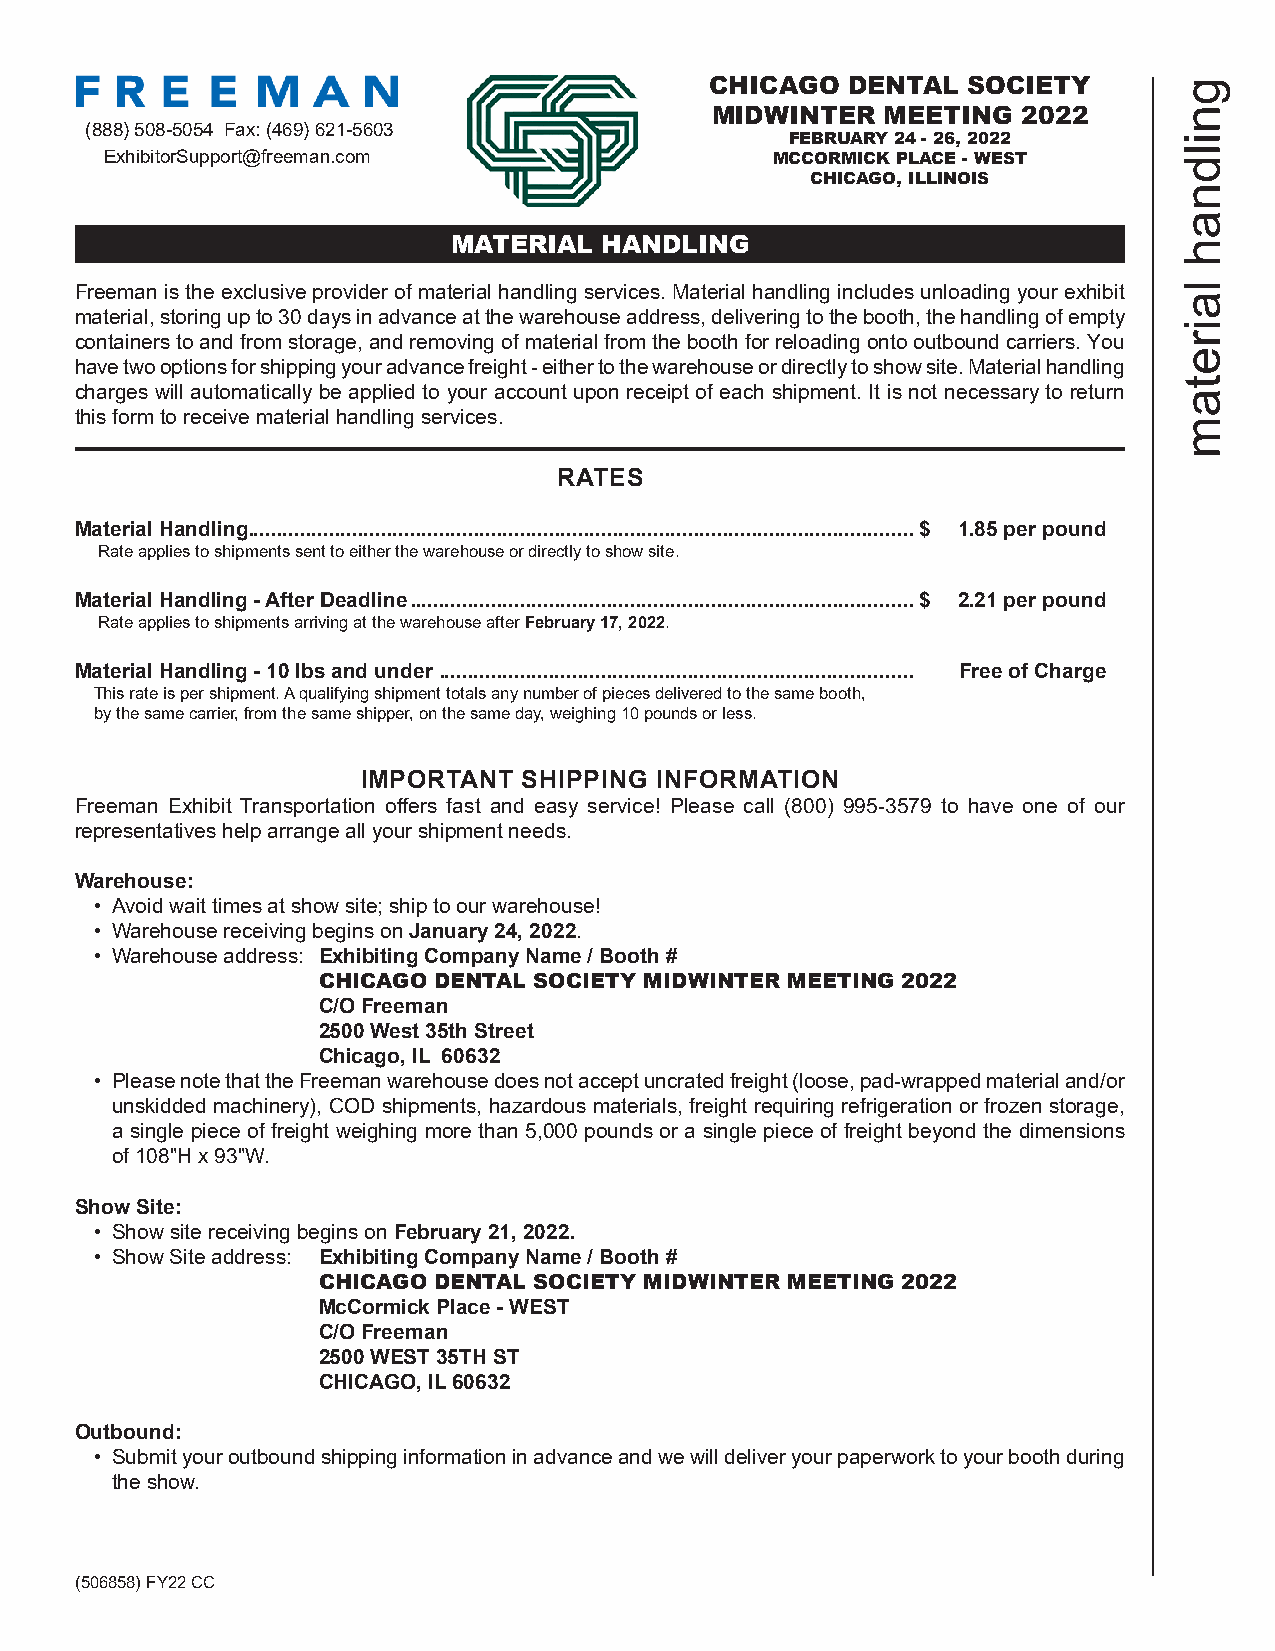
CHICAGO  DENTAL  SOCIETY        g
 MIDWINTER   MEETING  2022       n
 (888) 508-5054 Fax: (469) 621-5603
 FEBRUARY 24 - 26, 2022     i
 l
 ExhibitorSupport@freeman.com                MCCORMICK PLACE - WEST      d
 CHICAGO, ILLINOIS
 n
 a
 MATERIAL  HANDLING                               h
 Freeman is the exclusive provider of material handling services. Material handling includes unloading your exhibit l
 a
 material, storing up to 30 days in advance at the warehouse address, delivering to the booth, the handling of empty
 i
 containers to and from storage, and removing of material from the booth for reloading onto outbound carriers. You r
 e
 have two options for shipping your advance freight - either to the warehouse or directly to show site. Material handling
 t
 charges will automatically be applied to your account upon receipt of each shipment. It is not necessary to return a
 this form to receive material handling services.
 m
 RATES
 Material Handling ...................................................................................................................$ 1.85 per pound
 Rate applies to shipments sent to either the warehouse or directly to show site.
 Material Handling - After Deadline .......................................................................................$ 2.21 per pound
 Rate applies to shipments arriving at the warehouse after February 17, 2022.
 Material Handling - 10 lbs and under .................................................................................. Free of Charge
 This rate is per shipment. A qualifying shipment totals any number of pieces delivered to the same booth,
 by the same carrier, from the same shipper, on the same day, weighing 10 pounds or less.
 IMPORTANT  SHIPPING INFORMATION
 Freeman Exhibit Transportation offers fast and easy service! Please call (800) 995-3579 to have one of our
 representatives help arrange all your shipment needs.
 Warehouse:
 • Avoid wait times at show site; ship to our warehouse!
 • Warehouse receiving begins on January 24, 2022.
 • Warehouse address: Exhibiting Company Name / Booth #
 CHICAGO DENTAL SOCIETY MIDWINTER MEETING 2022
 C/O Freeman
 2500 West 35th Street
 Chicago, IL 60632
 • Please note that the Freeman warehouse does not accept uncrated freight (loose, pad-wrapped material and/or
 unskidded machinery), COD shipments, hazardous materials, freight requiring refrigeration or frozen storage,
 a single piece of freight weighing more than 5,000 pounds or a single piece of freight beyond the dimensions
 of 108"H x 93"W.
 Show Site:
 • Show site receiving begins on February 21, 2022.
 • Show Site address: Exhibiting Company Name / Booth #
 CHICAGO DENTAL SOCIETY MIDWINTER MEETING 2022
 McCormick Place - WEST
 C/O Freeman
 2500 WEST 35TH ST
 CHICAGO, IL 60632
 Outbound:
 • Submit your outbound shipping information in advance and we will deliver your paperwork to your booth during
 the show.
 (506858) FY22 CC